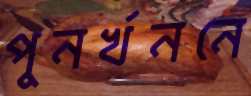
পুনর্খননে